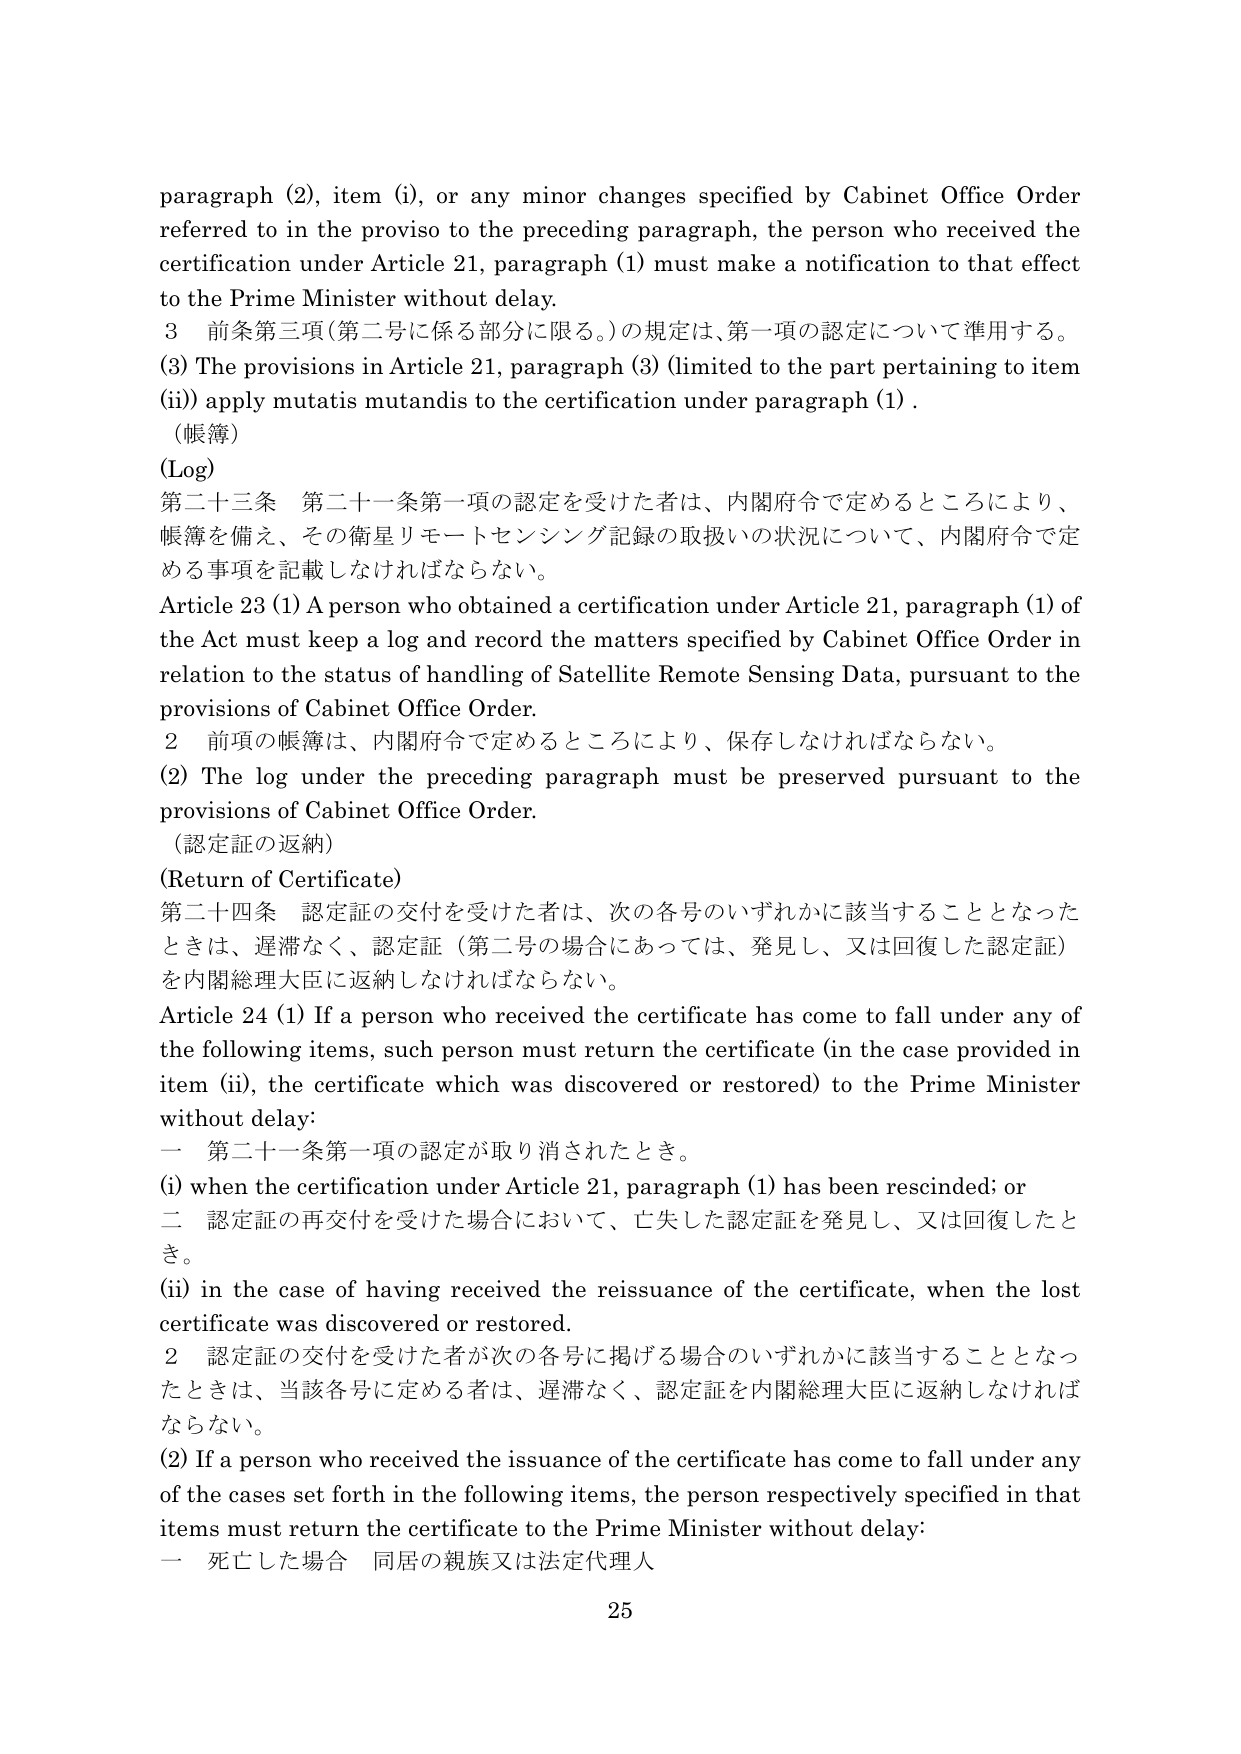
paragraph (2), item (i), or any minor changes specified by Cabinet Office Order referred to in the proviso to the preceding paragraph, the person who received the certification under Article 21, paragraph (1) must make a notification to that effect to the Prime Minister without delay.

3 前条第三項（第二号に係る部分に限る。）の規定は、第一項の認定について準用する。

(3) The provisions in Article 21, paragraph (3) (limited to the part pertaining to item (ii)) apply mutatis mutandis to the certification under paragraph (1).

（帳簿）

(Log)

第二十三条 第二十一条第一項の認定を受けた者は、内閣府令で定めるところにより、帳簿を備え、その衛星リモートセンシング記録の取扱いの状況について、内閣府令で定める事項を記載しなければならない。

Article 23 (1) A person who obtained a certification under Article 21, paragraph (1) of the Act must keep a log and record the matters specified by Cabinet Office Order in relation to the status of handling of Satellite Remote Sensing Data, pursuant to the provisions of Cabinet Office Order.

2 前項の帳簿は、内閣府令で定めるところにより、保存しなければならない。

(2) The log under the preceding paragraph must be preserved pursuant to the provisions of Cabinet Office Order.

（認定証の返納）

(Return of Certificate)

第二十四条 認定証の交付を受けた者は、次の各号のいずれかに該当することとなったときは、遅滞なく、認定証（第二号の場合にあっては、発見し、又は回復した認定証）を内閣総理大臣に返納しなければならない。

Article 24 (1) If a person who received the certificate has come to fall under any of the following items, such person must return the certificate (in the case provided in item (ii), the certificate which was discovered or restored) to the Prime Minister without delay:

一 第二十一条第一項の認定が取り消されたとき。

(i) when the certification under Article 21, paragraph (1) has been rescinded; or

二 認定証の再交付を受けた場合において、亡失した認定証を発見し、又は回復したとき。

(ii) in the case of having received the reissuance of the certificate, when the lost certificate was discovered or restored.

2 認定証の交付を受けた者が次の各号に掲げる場合のいずれかに該当することとなったときは、当該各号に定める者は、遅滞なく、認定証を内閣総理大臣に返納しなければならない。

(2) If a person who received the issuance of the certificate has come to fall under any of the cases set forth in the following items, the person respectively specified in that items must return the certificate to the Prime Minister without delay:

一 死亡した場合 同居の親族又は法定代理人

25